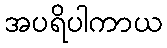
အပရိပါကာယ